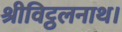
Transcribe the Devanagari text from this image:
श्रीविट्ठलनाथ।